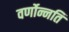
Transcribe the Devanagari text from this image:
वर्णोन्नति